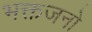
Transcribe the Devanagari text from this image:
भक्तजनो